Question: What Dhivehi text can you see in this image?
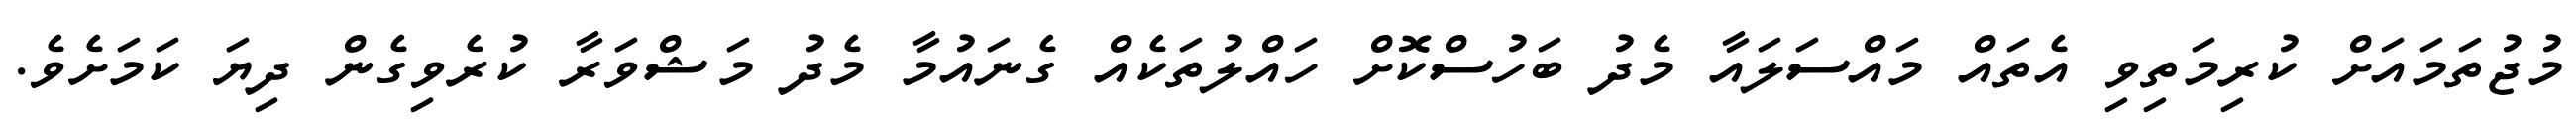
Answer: މުޖުތަމައަށް ކުރިމަތިވި އެތައް މައްސަލައާ މެދު ބަހުސްކޮށް ހައްލުތަކެއް ގެނައުމާ މެދު މަޝްވަރާ ކުރެވިގެން ދިޔަ ކަމަށެވެ.